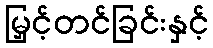
မြှင့်တင်ခြင်းနှင့်